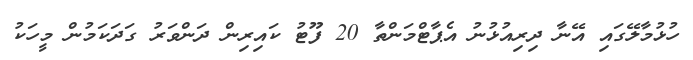
ހުޅުމާލޭގައި އޭނާ ދިރިއުޅުނު އެޕާޓްމަންތާ 20 ފޫޓު ކައިރިން ދަންވަރު ގަދަކަމުން މީހަކު